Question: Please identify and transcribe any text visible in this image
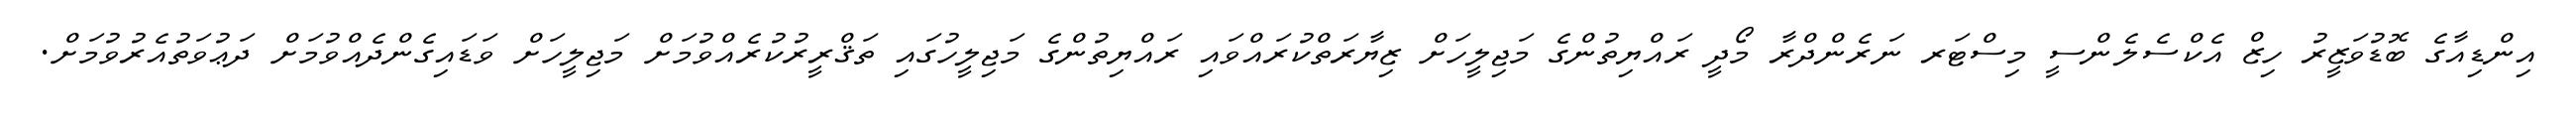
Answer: އިންޑިއާގެ ބޮޑުވަޒީރު ހިޒް އެކްސެލެންސީ މިސްޓަރ ނަރެންދްރާ މޯދީ ރައްޔިތުންގެ މަޖިލީހަށް ޒިޔާރަތްކުރައްވައި ރައްޔިތުންގެ މަޖިލީހުގައި ތަޤްރީރުކުރެއްވުމަށް މަޖިލީހަށް ވަޑައިގެންދެއްވުމަށް ދަޢުވަތުއެރުވުމަށް.